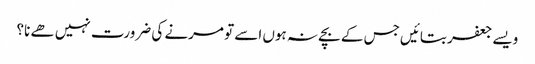
ویسے جعفر بتائیں جس کے بچے نہ ہوں اسے تو مرنے کی ضرورت نہیں ھے نا؟